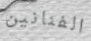
الفنانين